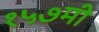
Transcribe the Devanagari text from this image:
१५७मी